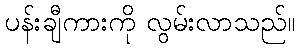
ပန်းချီကားကို လွမ်းလာသည်။